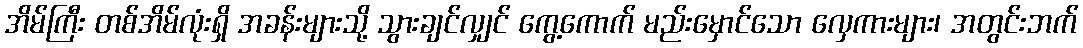
အိမ်ကြီး တစ်အိမ်လုံးရှိ အခန်းများသို့ သွားချင်လျှင် ကွေ့ကောက် မည်းမှောင်သော လှေကားများ၊ အတွင်းဘက်